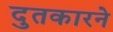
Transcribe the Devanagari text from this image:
दुतकारने